Enquiry on enteric fever in India - Number 32
Disease focus: Fever
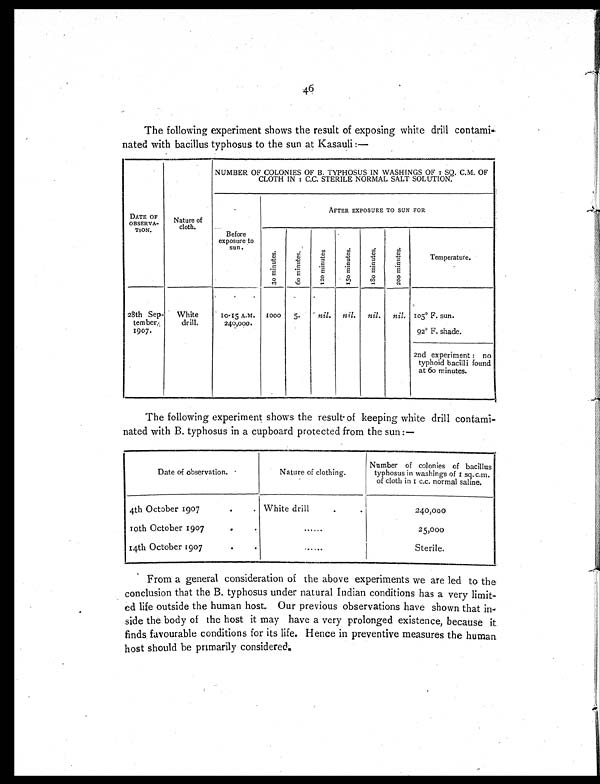
46
The following experiment shows the result of exposing white drill contami-
nated with bacillus typhosus to the sun at Kasauli :—
DATE OF
OBSERVA-
TION.
Nature of
cloth.
NUMBER OF COLONIES OF B. TYPHOSUS IN WASHINGS OF 1 SQ. C.M. OF
CLOTH IN 1 C.C. STERILE NORMAL SALT SOLUTION.
Before
exposure to
sun.
AFTER EXPOSURE TO SUN FOR
3 0 m i n u t e s .
6 0 m i n u t e s .
1 2 0 m i n u t e s .
1 5 0 m i n u t e s .
1 8 0 m i n u t e s .
2 0 0 m i n u t e s .
Temperature.
28th Sep-
tember,
1907.
White
drill.
10.15 A.M.
240,000.
1000
5 nil. nil. nil. nil. 105° F. sun.
92° F. shade.
2nd experiment : no
typhoid bacilli found
at 60 minutes.
The following experiment shows the result of keeping white drill contami-
nated with B. typhosus in a cupboard protected from the sun :—
Date of observation.
Nature of clothin.
Number of colonies of bacillus
typhosus in washings of 1 sq. c.m.
of cloth in 1c.c. normalsaline.
4th October 1907
.
. White dril
.
.
240,000
10th October 1907
.
.
......
25,000
14th October 1907
. .
......
Sterile.
From a general consideration of the above experiments we are led to the
conclusion that the B. typhosus under natural Indian conditions has a very limit-
ed life outside the human host. Our previous observations have shown that in-
side the body of the host it may have a very prolonged existence, because it
finds favourable conditions for its life. Hence in preventive measures the human
host should be primarily considered.